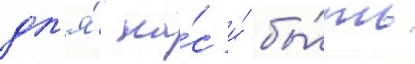
дл'я́ на́с и́ бы́ть